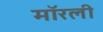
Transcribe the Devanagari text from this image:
मॉरली